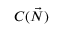
C ( { \vec { N } } )